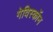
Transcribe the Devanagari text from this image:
गेविस्कॉन